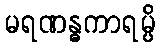
မရဏန္ဓကာရမ္ပိ